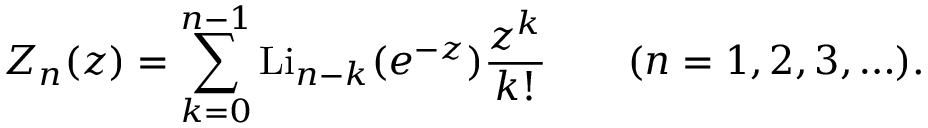
Z _ { n } ( z ) = \sum _ { k = 0 } ^ { n - 1 } \operatorname { L i } _ { n - k } ( e ^ { - z } ) { \frac { z ^ { k } } { k ! } } \qquad ( n = 1 , 2 , 3 , \ldots ) .